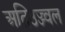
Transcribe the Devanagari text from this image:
अतिउज्ज्वल